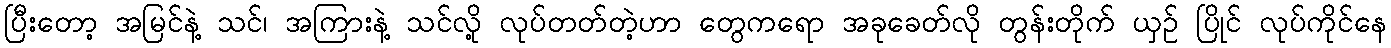
ပြီးတော့ အမြင်နဲ့ သင်၊ အကြားနဲ့ သင်လို့ လုပ်တတ်တဲ့ဟာ တွေကရော အခုခေတ်လို တွန်းတိုက် ယှဉ် ပြိုင် လုပ်ကိုင်နေ